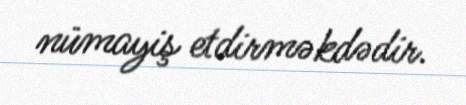
nümayiş etdirməkdədir.